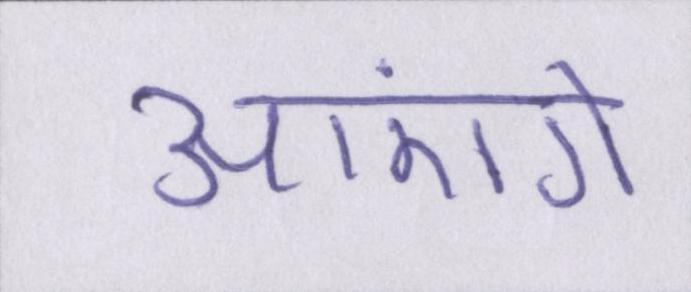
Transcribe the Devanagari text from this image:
आएंगे